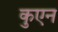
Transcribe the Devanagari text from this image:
कुएन